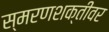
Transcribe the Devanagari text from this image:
स्मरणशक्तीवर